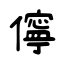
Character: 儜